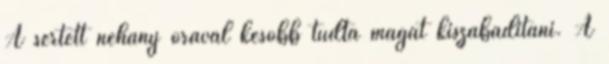
A sértett néhány órával később tudta magát kiszabadítani. A